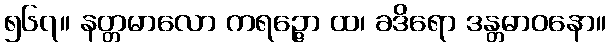
၅၆၇။ နတ္တမာလော ကရဉ္ဇော ထ၊ ခဒိရော ဒန္တဓာဝနော။